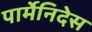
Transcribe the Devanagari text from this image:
पार्मेनिदेस